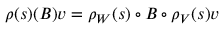
\rho ( s ) ( B ) v = \rho _ { W } ( s ) \circ B \circ \rho _ { V } ( s ) v